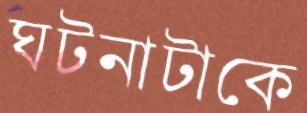
ঘটনাটাকে